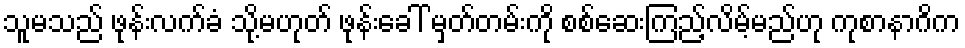
သူမသည် ဖုန်းလက်ခံ သို့မဟုတ် ဖုန်းခေါ် မှတ်တမ်းကို စစ်ဆေးကြည့်လိမ့်မည်ဟု ကုစာနာဂိက